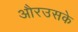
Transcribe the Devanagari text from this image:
औरउसके